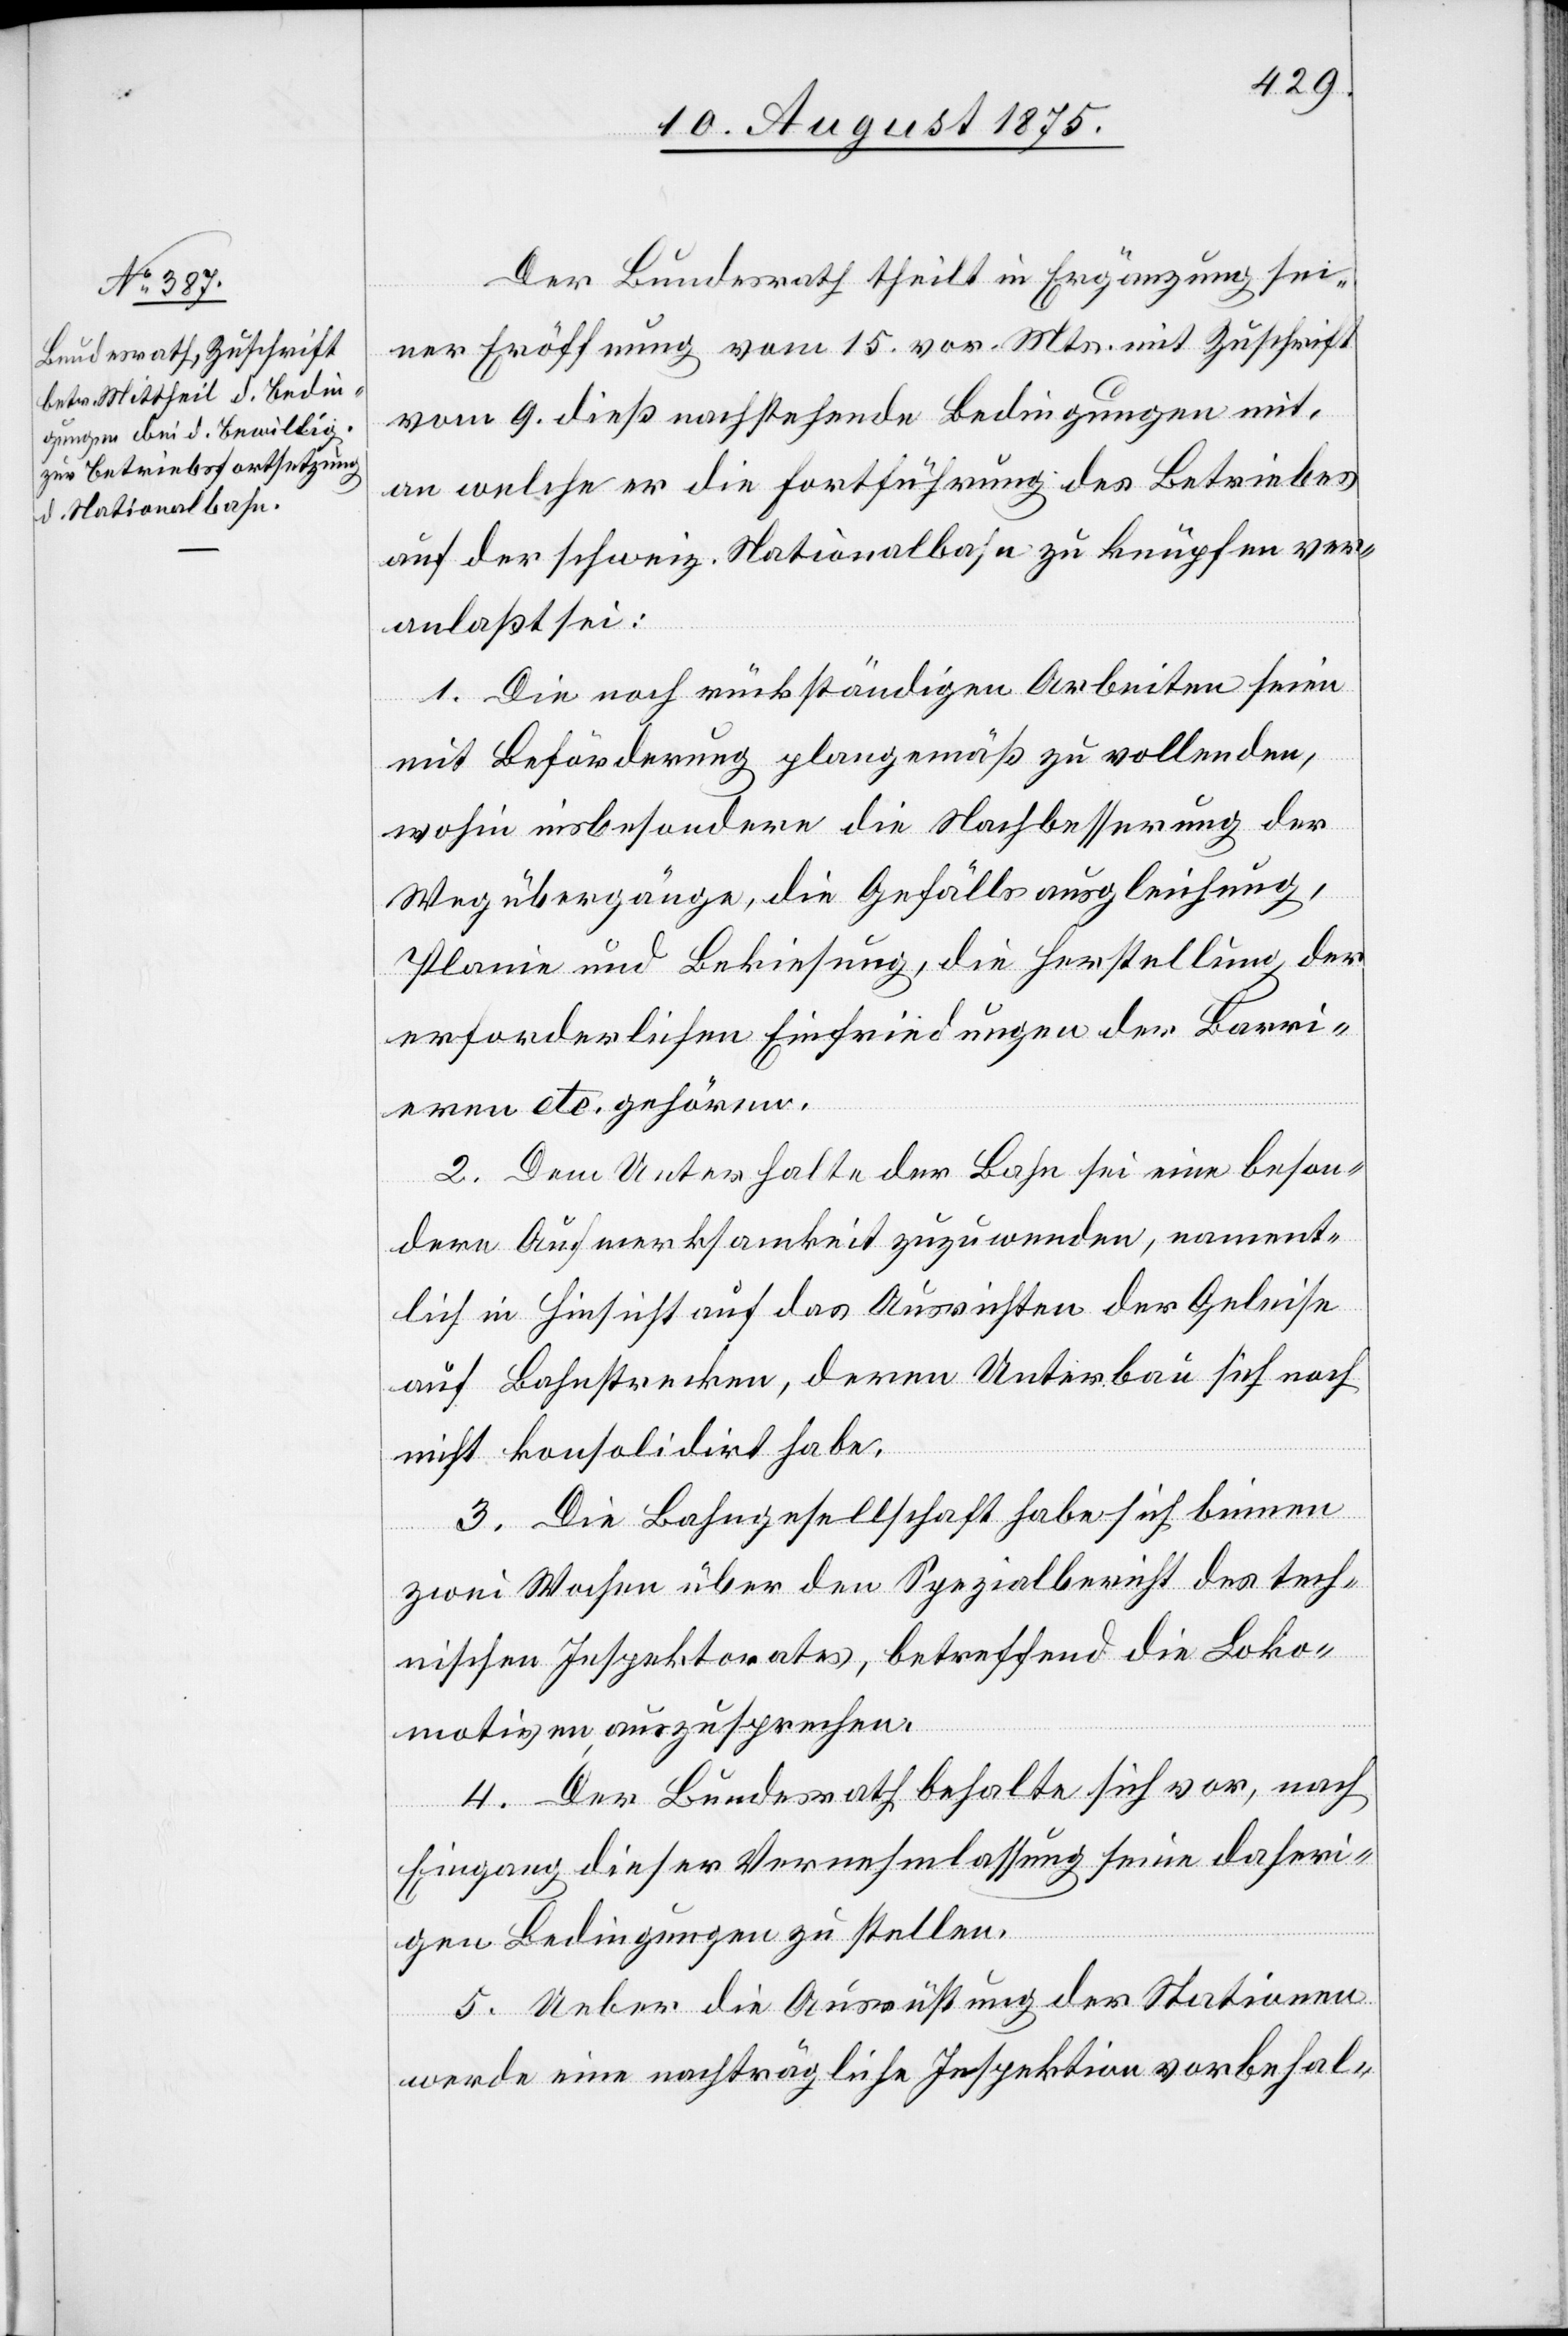
Der Bundesrath theilt in Ergänzung sei¬
ner Eröffnung vom 15. vor. Mts. mit Zuschrift
vom 9. dieß nachstehende Bedingungen mit,
an welche er die Fortführung des Betriebes
auf der schweiz. Nationalbahn zu knüpfen ver¬
anlaßt sei:
1. Die noch rückständigen Arbeiten seien
mit Beförderung plangemäß zu vollenden,
wohin insbesondere die Nachbesserung der
Wegübergänge, die Gefällsausgleichung,
Planie und Bekiesung, die Herstellung der
erforderlichen Einfriedungen der Barri¬
eren etc. gehören.
2. Dem Unterhalte der Bahn sei eine beson¬
dere Aufmerksamkeit zuzuwenden, nament¬
lich in Hinsicht auf das Ausrichten der Geleise
auf Bahnstrecken, deren Unterbau sich noch
nicht konsolidirt habe.
3. Die Bahngesellschaft habe sich binnen
zwei Wochen über den Spezialbericht des tech¬
nischen Inspektorates, betreffend die Loko¬
motiven auszusprechen.
4. Der Bundesrath behalte sich vor, nach
Eingang dieser Vernehmlassung seine daheri¬
gen Bedingungen zu stellen.
5. Ueber die Ausrüstung der Stationen
werde eine nachträgliche Inspektion vorbehal-